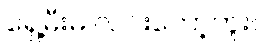
ရှေ့မီးမ လင်းတော့ဘူး။